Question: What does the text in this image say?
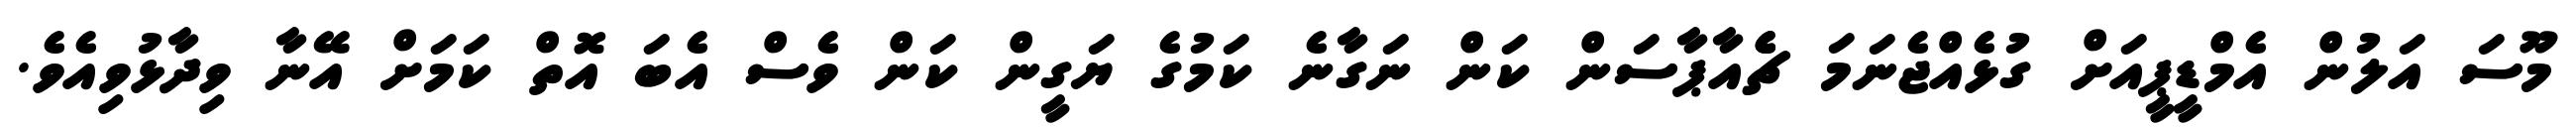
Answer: މޫސަ އަލުން އެމްޑީޕީއަށް ގުޅެއްޖެނަމަ ޗެެއާޕާސަން ކަން ނަގާނެ ކަމުގެ ޔަގީން ކަން ވެސް އެބަ އޮތް ކަމަށް އޭނާ ވިދާޅުވިއެވެ.